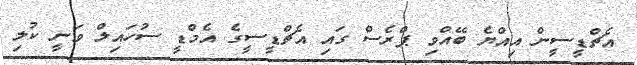
އެޗްޑީސީން އިއްޔެ ބޭއްވި ޕްރެސް ގައި އެޗްޑީސީގެ އެމްޑީ ސުހައިލް ވަނީ ކުލި